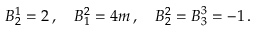
B _ { 2 } ^ { 1 } = 2 \, , \quad B _ { 1 } ^ { 2 } = 4 m \, , \quad B _ { 2 } ^ { 2 } = B _ { 3 } ^ { 3 } = - 1 \, . \nonumber